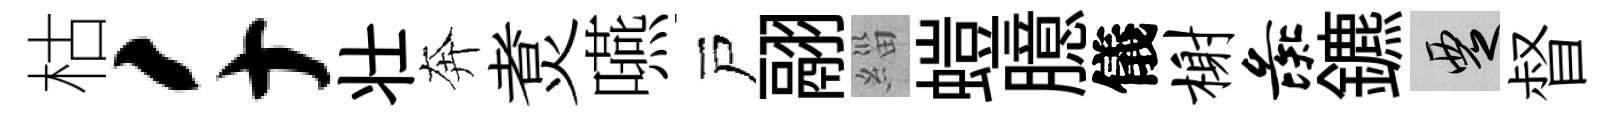
枯千壮奔煑嚥戸翮緇螘臆儀榭彘鑣覂督